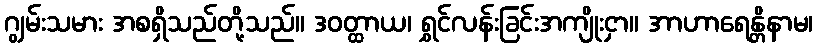
ဂျွမ်းသမား အစရှိသည်တို့သည်။ ဒဝတ္ထာယ၊ ရွှင်လန်းခြင်းအကျိုးငှာ။ အာဟာရေန္တိနာမ၊